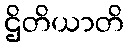
ဌိတိယာတိ